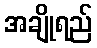
အချိုရည်